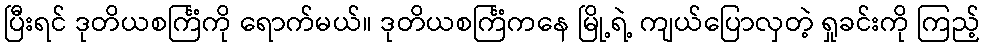
ပြီးရင် ဒုတိယစင်္ကြံကို ရောက်မယ်။ ဒုတိယစင်္ကြံကနေ မြို့ရဲ့ ကျယ်ပြောလှတဲ့ ရှုခင်းကို ကြည့်